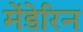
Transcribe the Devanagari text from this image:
मेंडेरिन